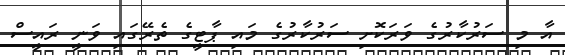
އާ މި ސަރުކާރުގެ ވަރަކޮށި ސަރުކާރުގެ މައި ޕާޓީގެ ތެރޭގައި ވަނީ ރައީސް